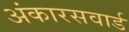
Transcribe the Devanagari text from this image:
अंकारसवार्ड